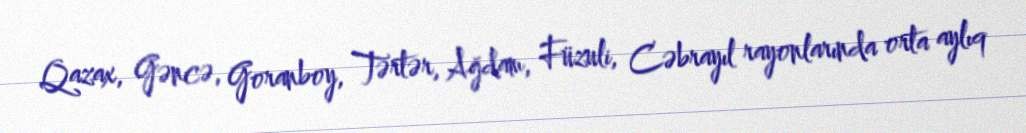
Qazax, Gəncə, Goranboy, Tərtər, Ağdam, Füzuli, Cəbrayıl rayonlarında orta aylıq